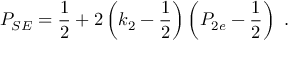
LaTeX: P _ { S E } = { \frac { 1 } { 2 } } + 2 \left( k _ { 2 } - { \frac { 1 } { 2 } } \right) \left( P _ { 2 e } - { \frac { 1 } { 2 } } \right) \ .